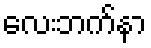
လေးဘက်နာ